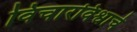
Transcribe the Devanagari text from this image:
विचारविश्वाचे